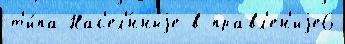
т'и́па Нас'ел'́нныjе в правл'ен'иjе6